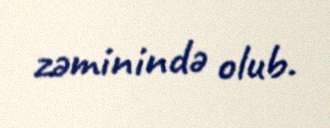
zəminində olub.